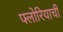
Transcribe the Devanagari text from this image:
फ्लोरियाची